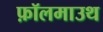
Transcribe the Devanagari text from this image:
फ़ॉलमाउथ